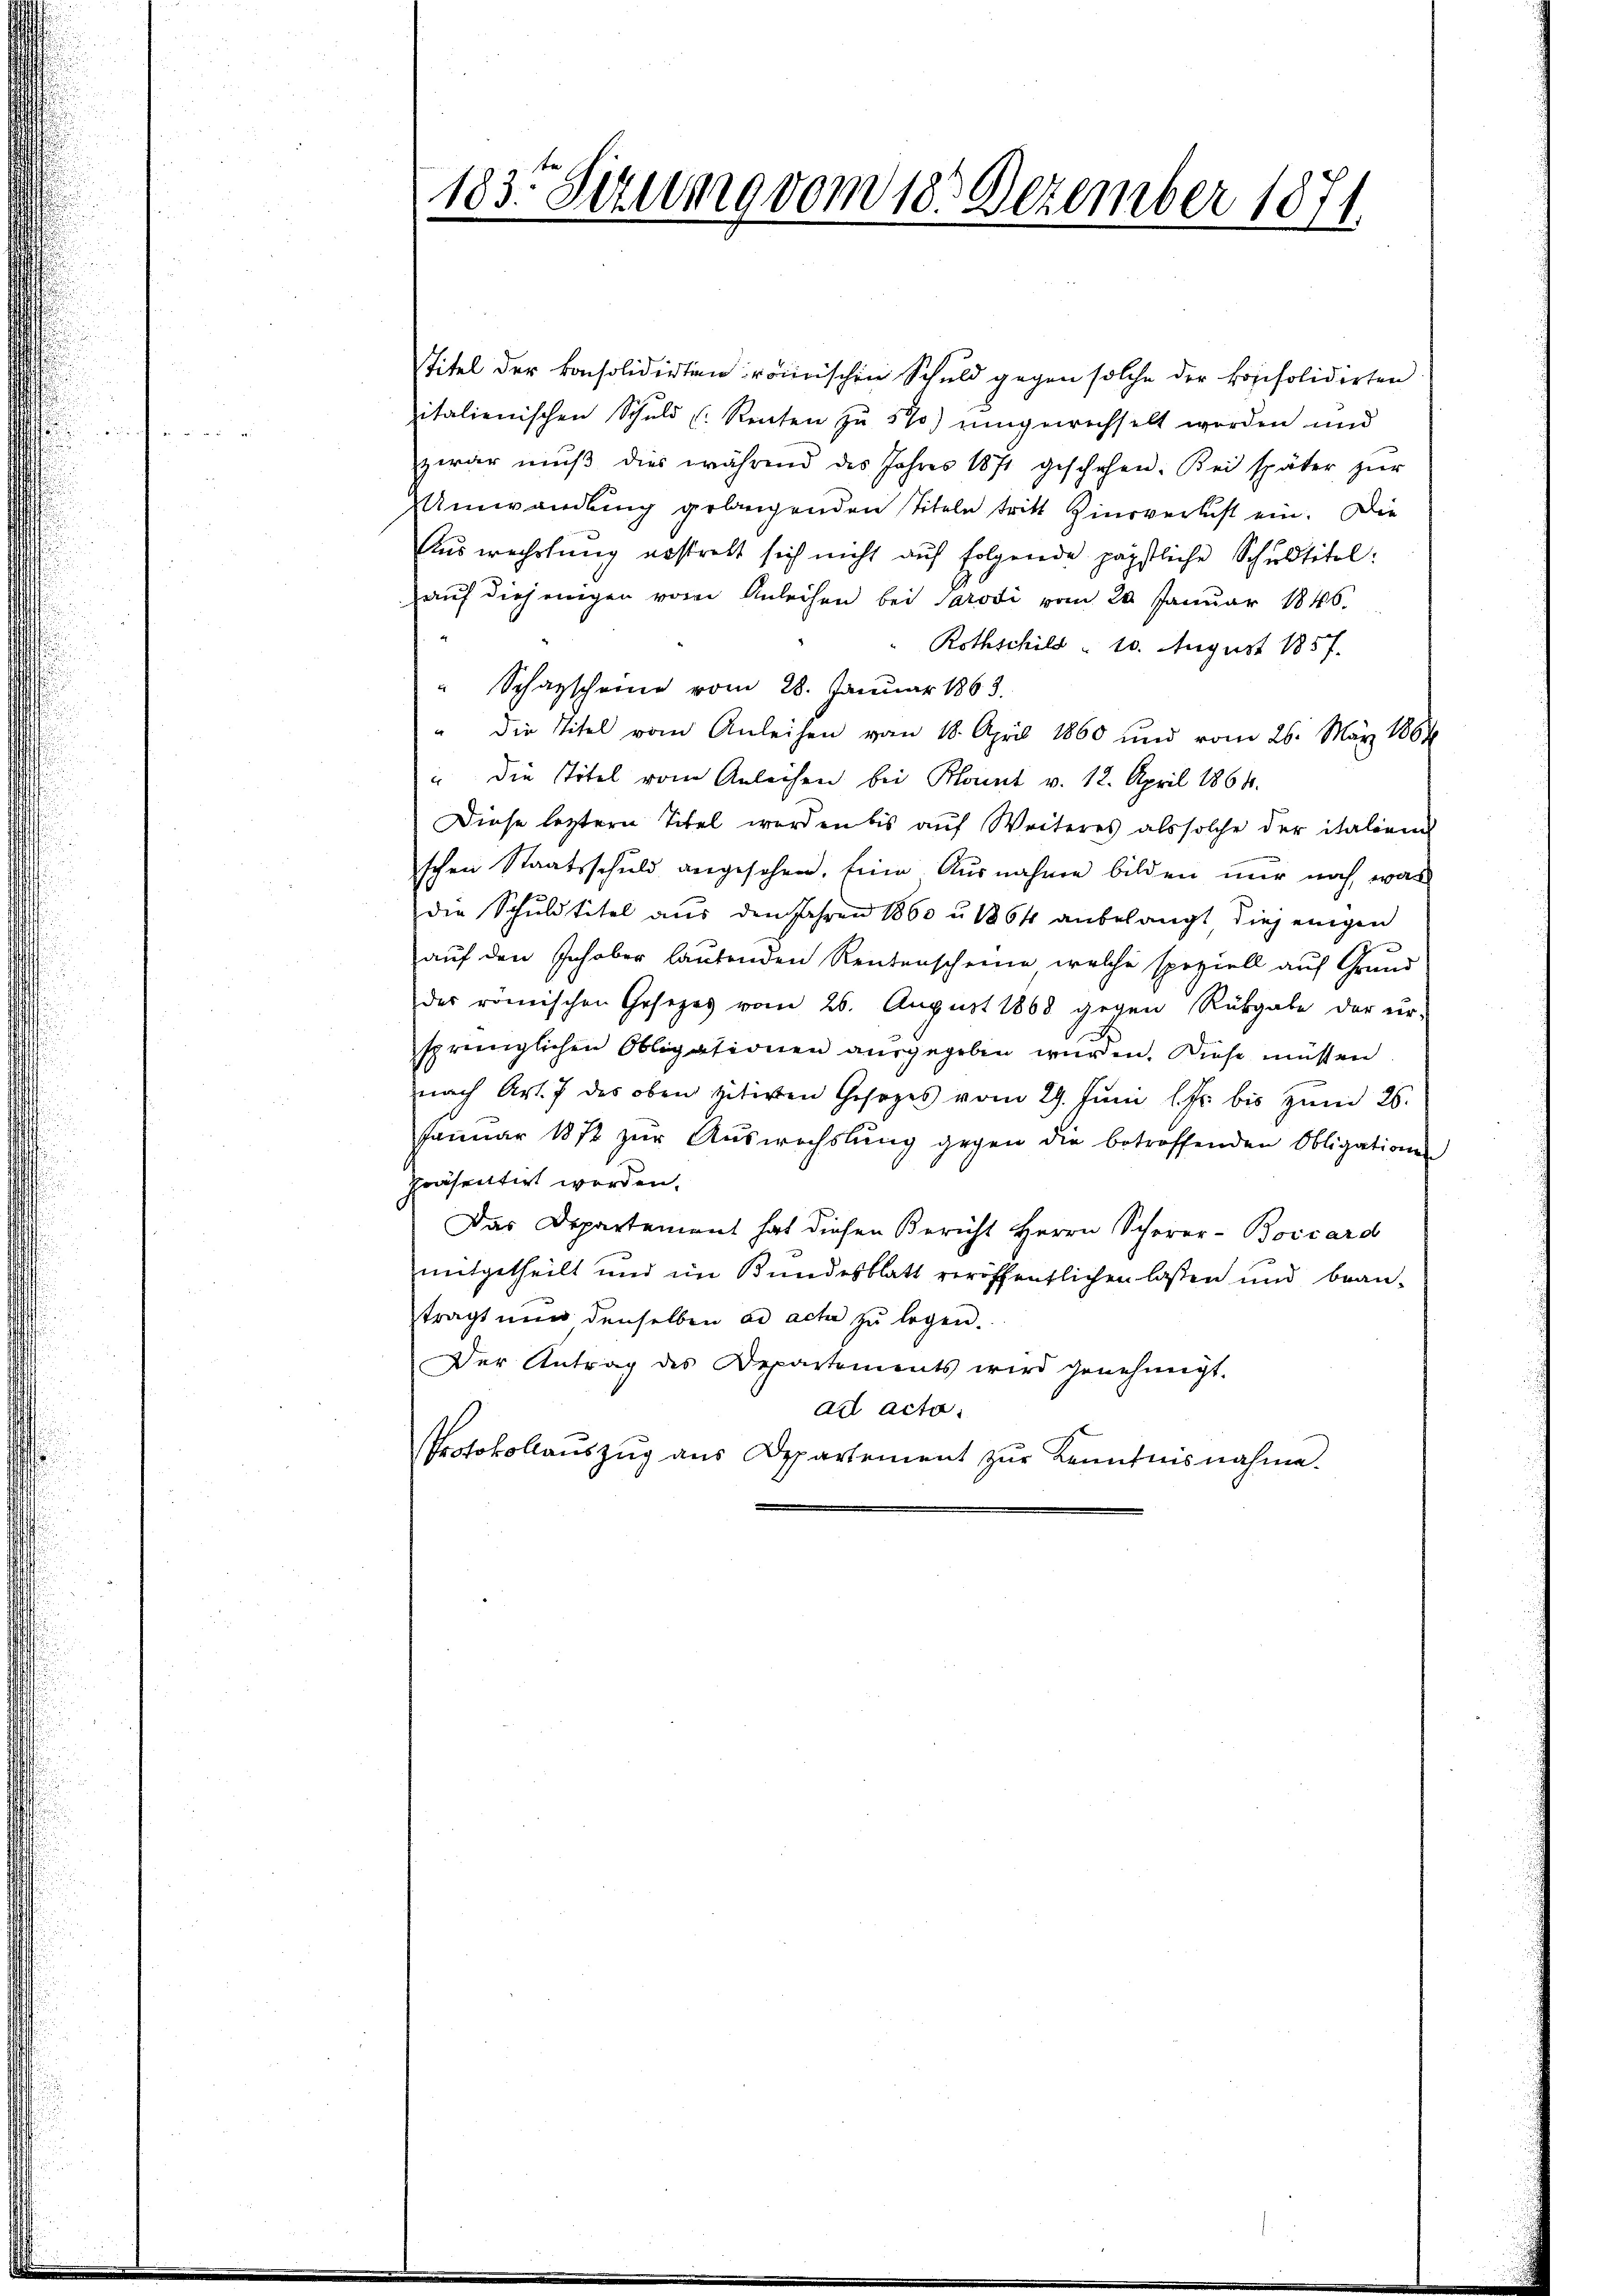
183. Sitzung vom 18. Dezember 1871.

Titel der konsolidirten römischen Schuld gegen solche der konsolidirten
italienischen Schuld Renten zu 5 % ungewechselt worden und
zwar mŭβ dies während des Jahres 1871 geschehen. Bei später zŭr
Umwandlung gelangenden Titeln tritt Zinsverlust ein. Die
Auswechslung erstrebt sich nicht auf folgende päpstliche Schuldtitel:
auf diejenigen vom Anleihen bei Carodi vom 20. Januar 1846.
Rothschild " 10. August 1857.
" Schazscheine vom 28. Januar 1863.
" die Titel vom Anleihen vom 18. April 1860 und vom 26. März 1864
" die Titel vom Anleihen bei Plant v. 12. April 1864.
Diese letztern Titel werden bis auf Weiteres als solche der italien
schen Staatsschuld angesehen. Eine Ausnahme bilden nur noch, was
die Schuldtitel aus den Jahren 1860 u. 1864 anbelangt diejenigen
auf den Inhaber lautenden Rentenscheine welche speziell auf Grund
des römischen Gesetzes vom 26. August 1868 gegen Rükgabe der ur-
sprünglichen Obligationen ausgegeben wurden. Diese müssen
nach Art. 7 des oben sitiven Gesezes vom 29. Jŭni l. Fr. bis zŭm 25.
Januar 1872 zur Auswechslung gegen die betroffenden Obligationen
präsentirt worden.
Das Departement hat diesen Bericht Herrn Schorer-Boccard
mitgetheilt und im Bundesblatt veröffentlichen lasten und bean-
tragt nun denselben ad acta zu legen.
Der Antrag des Departements wird genehmigt.
ad acto
Protokollauszug aus Departement zur Kenntnisnahme.